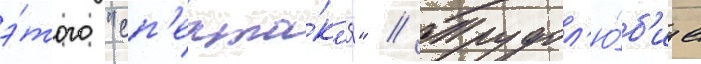
э́того "сп'екта́кл'я" // Трудол'ю́б'ие